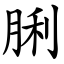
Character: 脷